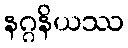
နဂ္ဂနိယဿ